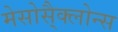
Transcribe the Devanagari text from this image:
मेसोसै्क्लोन्स